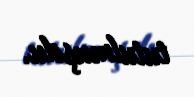
tutulmuşdu.